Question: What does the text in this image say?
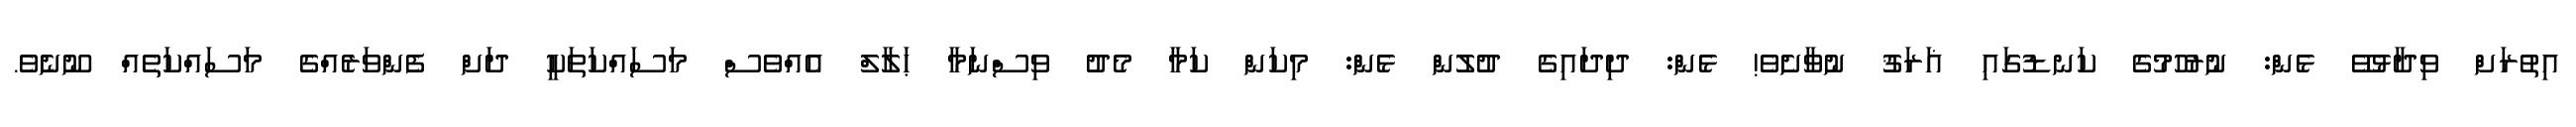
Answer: އިތުރަށް ވިދާޅުވޭ ޅެން: ނުރުހުމުގެ ކަނޑުގައި ޣަރަޤު ނުވާށެވެ! ޅެން: ދިދައިގެ ދުލުން ޅެން: މިކަން ކަމާ މެދު ވިސްނަމާ ޙަލާލް އެއްވެސް މަސައްކަތަކީ ދަށް ފެންވަރެއްގެ މަސައްކަތެއް ނޫނެވެ.